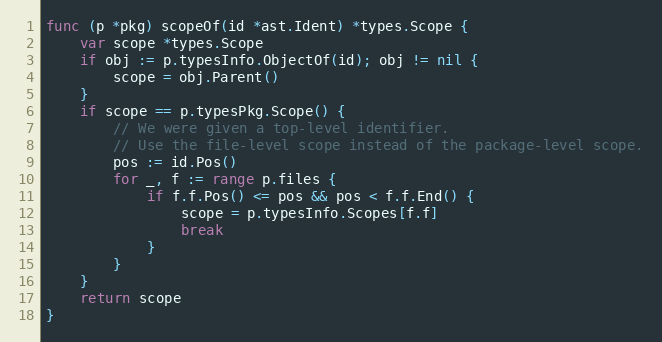
Language: Go
func (p *pkg) scopeOf(id *ast.Ident) *types.Scope {
	var scope *types.Scope
	if obj := p.typesInfo.ObjectOf(id); obj != nil {
		scope = obj.Parent()
	}
	if scope == p.typesPkg.Scope() {
		// We were given a top-level identifier.
		// Use the file-level scope instead of the package-level scope.
		pos := id.Pos()
		for _, f := range p.files {
			if f.f.Pos() <= pos && pos < f.f.End() {
				scope = p.typesInfo.Scopes[f.f]
				break
			}
		}
	}
	return scope
}